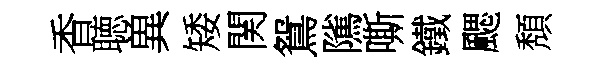
香聴兾矮関鴛隲嘶鐵颸頽